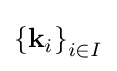
{\textstyle \left\{\mathbf {k} _{i}\right\}_{i\in I}}